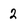
Character: 2